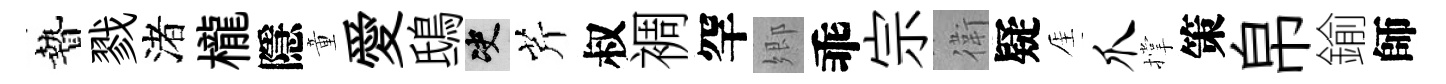
贄戮渚櫳隱童愛鴟决芹叔裯罕郷乖宗衛疑厓爪撑策帛鍮師